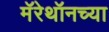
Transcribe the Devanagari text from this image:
मॅरेथॉनच्या